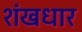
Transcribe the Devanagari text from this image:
शंखधार